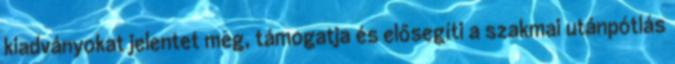
kiadványokat jelentet meg, támogatja és elősegíti a szakmai utánpótlás